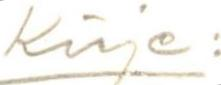
Kirje: